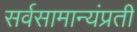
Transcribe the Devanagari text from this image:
सर्वसामान्यंप्रती